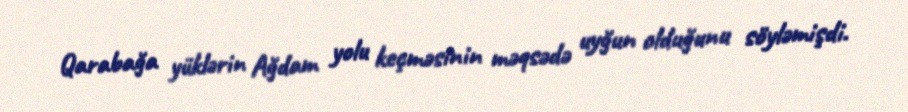
Qarabağa yüklərin Ağdam yolu keçməsinin məqsədə uyğun olduğunu söyləmişdi.